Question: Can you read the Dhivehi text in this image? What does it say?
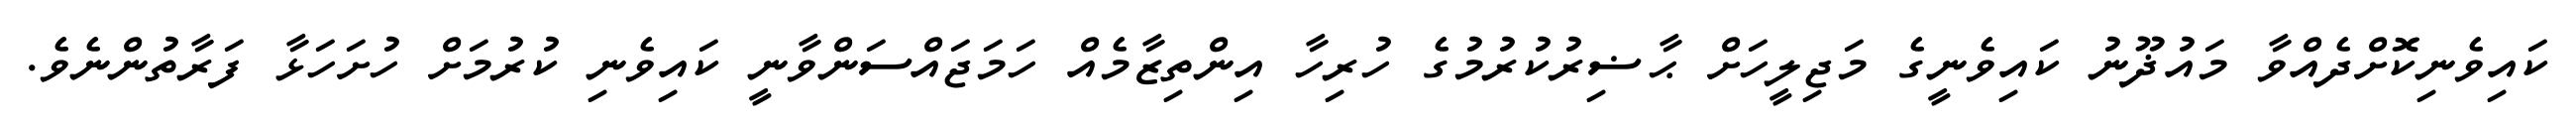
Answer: ކައިވެނިކޮށްދެއްވާ މައުޛޫނު ކައިވެނީގެ މަޖިލީހަށް ޙާޟިރުކުރުމުގެ ހުރިހާ އިންތިޒާމެއް ހަމަޖައްސަންވާނީ ކައިވެނި ކުރުމަށް ހުށަހަޅާ ފަރާތުންނެވެ.